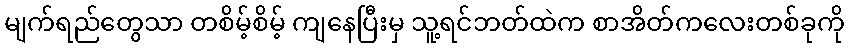
မျက်ရည်တွေသာ တစိမ့်စိမ့် ကျနေပြီးမှ သူ့ရင်ဘတ်ထဲက စာအိတ်ကလေးတစ်ခုကို